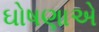
ઘોષણાએ